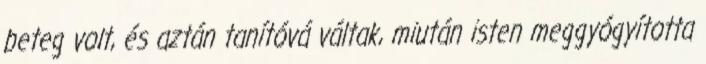
beteg volt, és aztán tanítóvá váltak, miután isten meggyógyította